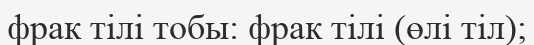
фрак тілі тобы: фрак тілі (өлі тіл);